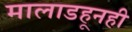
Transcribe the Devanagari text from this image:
मालाडहूनही